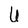
Character: U